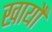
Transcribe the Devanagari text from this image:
खायौ